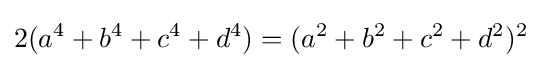
2(a^{4}+b^{4}+c^{4}+d^{4})=(a^{2}+b^{2}+c^{2}+d^{2})^{2}